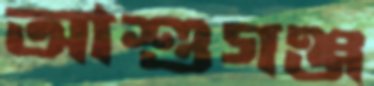
আশুগঞ্জ